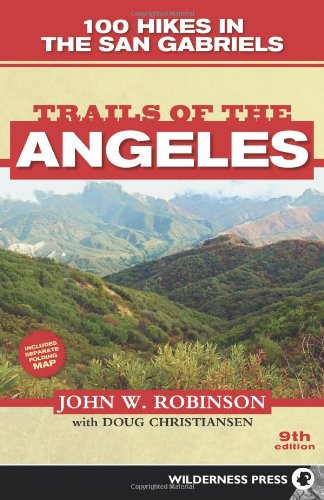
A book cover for Trails of the Angeles: 100 Hikes in the San Gabriels; John W. Robinson; Health, Fitness & Dieting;